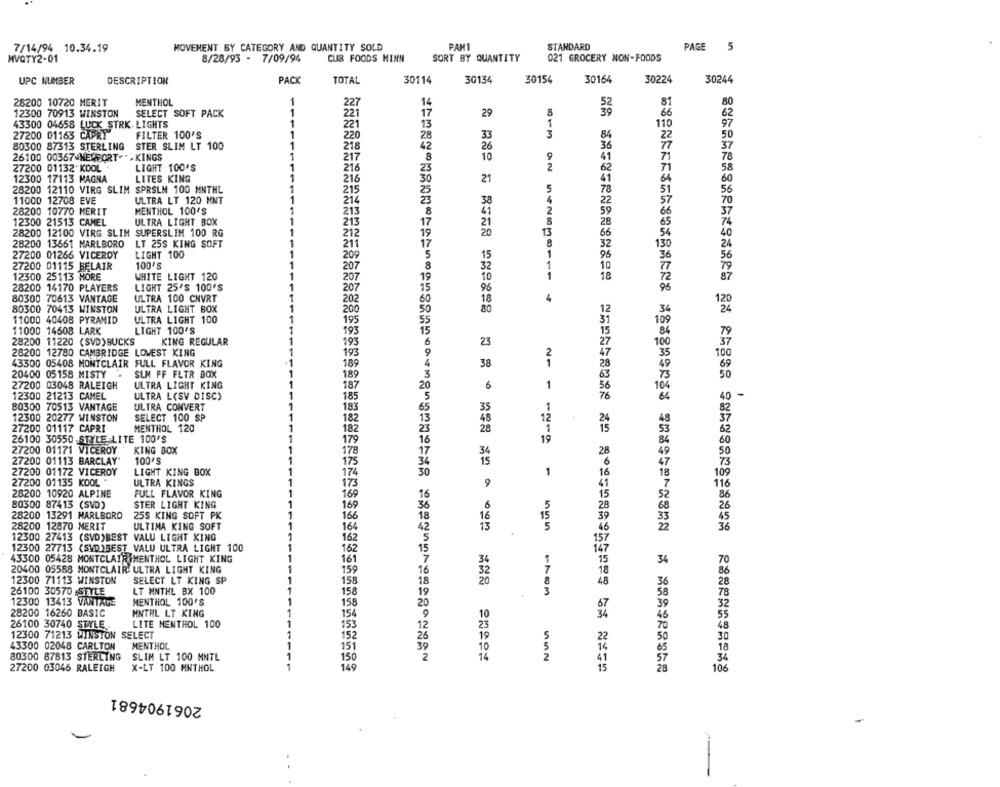
MOVEMENT BY CATEGORY AND QUANTITY SOLD
PAM1
STANDARD
PAGE
5
7/14/94 10.34.19
MVQTY2-01
8/28/93 - 7/09/94
CUB FOODS HINN
SORT BY QUANTITY
021 GROCERY NON-FOODS
UPC NUMBER
DESCRIPTION
PACK
TOTAL
30114
30134
30154
30164
30224
30244
28200 10720 MERIT
MENTHOL
1
227
14
17
66
12300 70913 WINSTON
SELECT SOFT PACK
1
221
29
43300 04658
LUCK STRK. LIGHTS
1
221
13
110
27200 01163 CAPRI
FILTER 100'S
1
220
28
84
33
80300 87313 STERLING STER SLIM LT 100
1
218
42
26
36
26100 00367 MEREORT-" >KINGS
1
217
8
10
41
27200 01132 KOOL
LIGHT 100'S
1
216
62
12300 17113 MAGNA
LITES KING
1
216
21
41
28200 12110 VIRG SLIM SPRSLM 100 MNTHL
215
78
11000 12708 EVE
ULTRA LT 120 MNT
1
214
28200 10770 MERIT
MENTHOL 100'S
213
41
21
12300 21513 CAMEL
ULTRA LIGHT BOX
213
28200 12100 VIRG SLIM SUPERSLIM 100 RG
212
20
28200 13661 MARLBORO
LT 25S KING SOFT
211
130
27200 01266 VICEROY
LIGHT 100
209
15
27200 01115 BELAIR
100'S
207
32
12300 25113 MORE
10
WHITE LIGHT 120
1
207
92542838111
28200 14170 PLAYERS
LIGHT 25'S 100'S
-
207
96
80300 70613 VANTAGE
ULTRA 100 CNVRT
202
18
4
ULTRA LIGHT BOX
80
12
80300 70413 WINSTON
200
11000 40408 PYRAMID
ULTRA LIGHT 100
195
11000 14608 LARK
LIGHT 100'S
193
28200 11220 (SVD)BUCKS
KING REGULAR
193
23
28200 12780 CAMBRIDGE LOWEST KING
193
2
43300 05408 MONTCLAIR FULL FLAVOR KING
189
38
20400 05158 MISTY
SLM FF FLTR BOX
189
27200 03048 RALEIGH
ULTRA LIGHT KING
11
187
6
1
76
-
12300 21213 CAMEL
ULTRA L(SV DISC)
185
80300 70513 VANTAGE
ULTRA CONVERT
183
35
12300 20277 WINSTON
SELECT 100 SP
48
182
24
27200 01117 CAPRI
MENTHOL 120
182
20
26100 30550 STYLE LITE 100'S
179
19
27200 01171 VICEROY
KING BOX
21 1 1218
178
27200 01113 BARCLAY'
100'S
175
27200 01172 VICEROY
LIGHT KING BOX
174
1
27200 01135 KOOL "
ULTRA KINGS
173
9
28200 10920 ALPINE
FULL FLAVOR KING
169
80300 87413 (SVD)
STER LIGHT KING
169
6
28200 13291 MARLBORO
25S KING SOFT PK
1
166
18
1
28200 12870 MERIT
ULTIMA KING SOFT
1
164
13
1
12300 27413 (SVD)BEST VALU LIGHT KING
162
12300 27713 (SID)BEST VALU ULTRA LIGHT 100
162
43300 05428 MONTCLAIR IMENTHOL LIGHT KING
11
161
34
34
20400 05588 MONTCLAIR ULTRA LIGHT KING
159
52
12300 71113 WINSTON
SELECT LT KING SP
158
20
26100 30570 STYLE
LT MNTHL BX 100
158
19
4
FROM
12300 13413 VANTAGE
MENTHOL 100'S
158
28200 16260 BASIC
HNTHL LT KING
1
154
9
10
1
26100 30740 STYLE
LITE MENTHOL 100
153
12
12300 71213 WINSTON SELECT
1
152
26
43300 02048 CARLTON
MENTHOL
1
151
39
80300 87813 STERLING
SLIM LT 100 MNTL
1
150
2
14
27200 03046 RALEIGH
X-LT 100 MNTHOL
149
0G7503 -605203744045673 2024 79306950 40k36050万1910824535 70%28354303386
2061904681
-